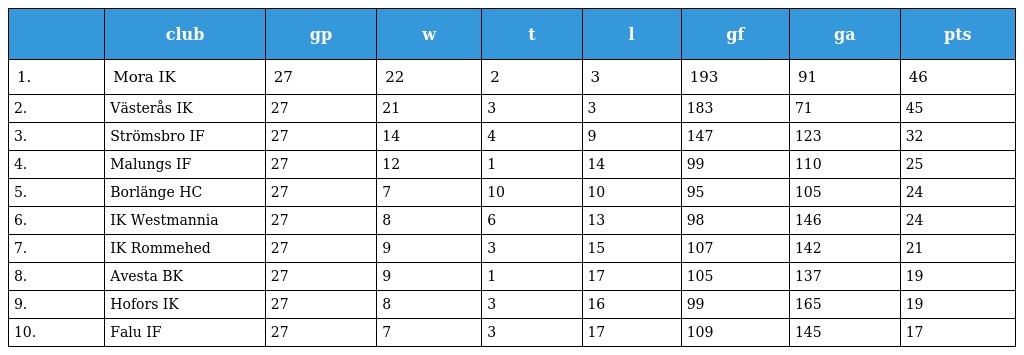
|  | club | gp | w | t | l | gf | ga | pts |
 | --- | --- | --- | --- | --- | --- | --- | --- | --- |
 | 1. | Mora IK | 27 | 22 | 2 | 3 | 193 | 91 | 46 |
 | 2. | Västerås IK | 27 | 21 | 3 | 3 | 183 | 71 | 45 |
 | 3. | Strömsbro IF | 27 | 14 | 4 | 9 | 147 | 123 | 32 |
 | 4. | Malungs IF | 27 | 12 | 1 | 14 | 99 | 110 | 25 |
 | 5. | Borlänge HC | 27 | 7 | 10 | 10 | 95 | 105 | 24 |
 | 6. | IK Westmannia | 27 | 8 | 6 | 13 | 98 | 146 | 24 |
 | 7. | IK Rommehed | 27 | 9 | 3 | 15 | 107 | 142 | 21 |
 | 8. | Avesta BK | 27 | 9 | 1 | 17 | 105 | 137 | 19 |
 | 9. | Hofors IK | 27 | 8 | 3 | 16 | 99 | 165 | 19 |
 | 10. | Falu IF | 27 | 7 | 3 | 17 | 109 | 145 | 17 |